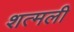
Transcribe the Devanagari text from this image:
शत्मली